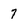
Character: 7